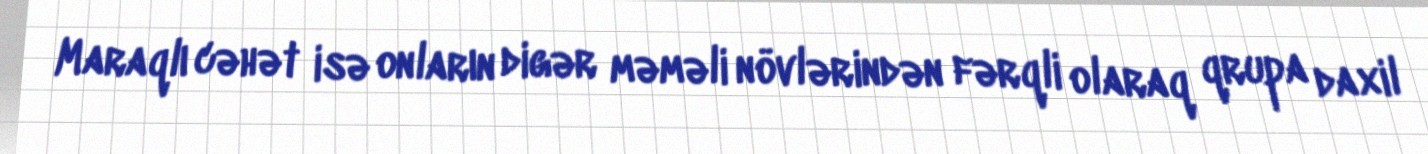
Maraqlı cəhət isə onların digər məməli növlərindən fərqli olaraq qrupa daxil